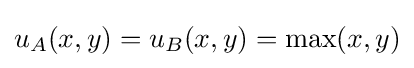
u_{A}(x,y)=u_{B}(x,y)=\max(x,y)